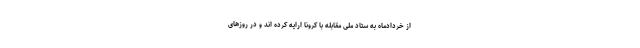
از خردادماه به ستاد ملی مقابله با کرونا ارایه کرده اند و در روزهای